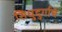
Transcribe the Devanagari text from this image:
सिधुदुर्गाचे